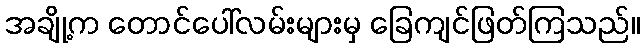
အချို့က တောင်ပေါ်လမ်းများမှ ခြေကျင်ဖြတ်ကြသည်။